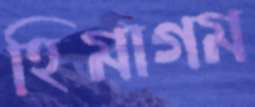
হিমাগম